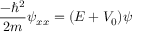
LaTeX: { \frac { - \hbar ^ { 2 } } { 2 m } } \psi _ { x x } = ( E + V _ { 0 } ) \psi